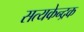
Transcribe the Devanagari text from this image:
सत्यकेन्द्रक